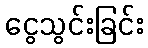
ငွေသွင်းခြင်း